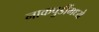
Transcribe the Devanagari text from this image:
नाकपुडींमध्ये